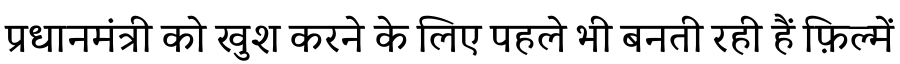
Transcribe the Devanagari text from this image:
प्रधानमंत्री को खुश करने के लिए पहले भी बनती रही हैं फ़िल्में